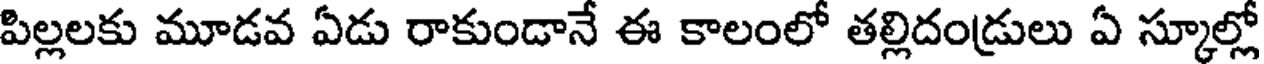
పిల్లలకు మూడవ ఏడు రాకుండానే ఈ కాలంలో తల్లిదండ్రులు ఏ స్కూల్లో